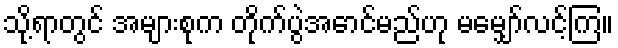
သို့ရာတွင် အများစုက တိုက်ပွဲအောင်မည်ဟု မမျှော်လင့်ကြ။